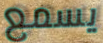
يسمع